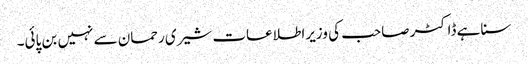
سنا ہے ڈاکٹر صاحب کی وزیراطلاعات شیری رحمان سے نہیں بن پائی۔